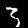
Label: 3